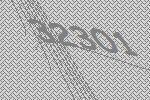
32301